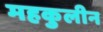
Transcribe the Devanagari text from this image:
महकुलीन